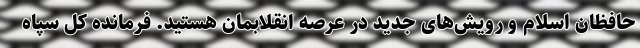
حافظان اسلام و رویش‌های جدید در عرصه انقلابمان هستید. فرمانده کل سپاه